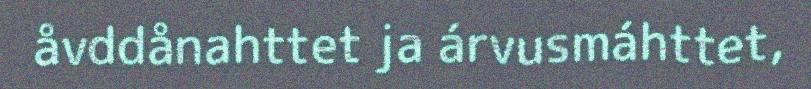
åvddånahttet ja árvusmáhttet,